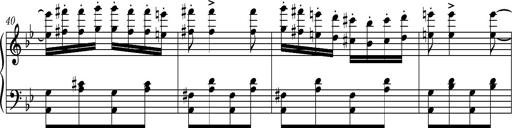
Title: Ungarische Nationalmelodien, S.243
Composer: Franz Liszt